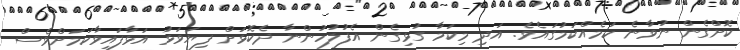
ކޮށްގެން ނުވާނެ ކަމެއްކަމުގައެވެ. އަދި މިކަމާ ގުޅިގެން އެފުލުހުންނާ ދެކޮޅަށް ފިޔަވަޅު އަޅާފައިވާކަމަށްވެސް